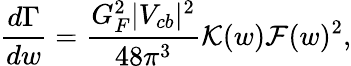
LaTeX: \frac{d\Gamma}{dw}=\frac{G_{F}^{2}|V_{cb}|^{2}}{48\pi^{3}}{\cal K}(w){\cal F}(w)^{2},